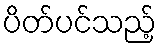
ပိတ်ပင်သည့်